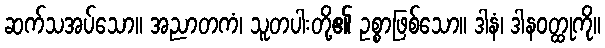
ဆက်သအပ်သော။ အညာတကံ၊ သူတပါးတို့၏ ဥစ္စာဖြစ်သော။ ဒါနံ၊ ဒါနဝတ္ထုကို။